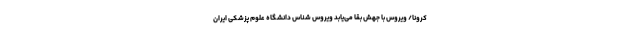
کرونا/ ویروس با جهش بقا می‌یابد ویروس شناس دانشگاه علوم پزشکی ایران